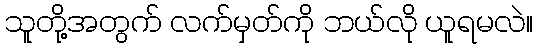
သူတို့အတွက် လက်မှတ်ကို ဘယ်လို ယူရမလဲ။